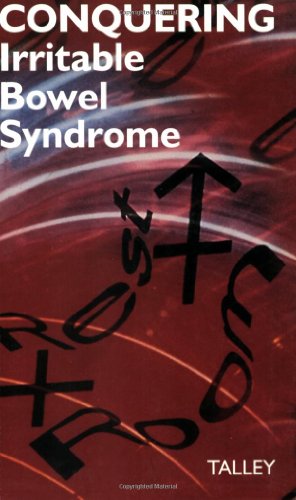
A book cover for Conquering Irritable Bowel Syndrome: A Guide To Liberating Those Suffering With Chronic Stomach or Bowel Problems; Nicholas J. Talley; Health, Fitness & Dieting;